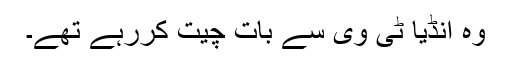
وہ انڈیا ٹی وی سے بات چیت کررہے تھے۔